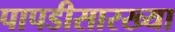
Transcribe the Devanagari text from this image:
पापडीसारख्या